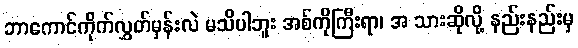
ဘာကောင်ကိုက်လွှတ်မှန်းလဲ မသိပါဘူး အစ်ကိုကြီးရာ၊ အ သားဆိုလို့ နည်းနည်းမှ